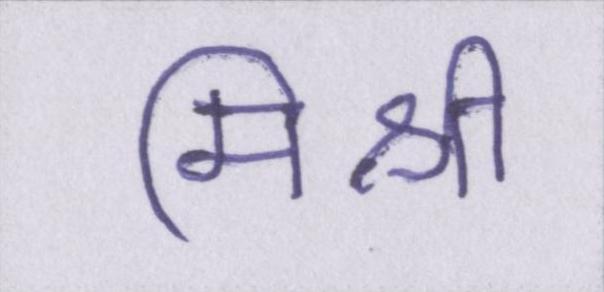
मिश्री